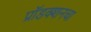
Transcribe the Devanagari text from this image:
प्रॉडक्शनचा